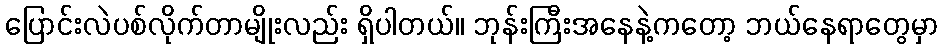
ပြောင်းလဲပစ်လိုက်တာမျိုးလည်း ရှိပါတယ်။ ဘုန်းကြီးအနေနဲ့ကတော့ ဘယ်နေရာတွေမှာ